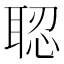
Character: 𦖆